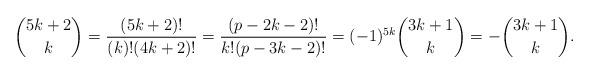
LaTeX: \begin{align*}\binom{5k + 2}{k} =\frac{(5k+2)!}{(k)!(4k+2)!}= \frac{(p - 2k - 2)!}{k!(p - 3k - 2)!} = (-1)^{5k} \binom{3k + 1}{k} = - \binom{3k + 1}{k}.\end{align*}